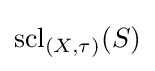
\operatorname {scl} _{(X,\tau )}(S)